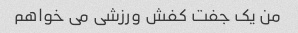
من یک جفت کفش ورزشی می خواهم